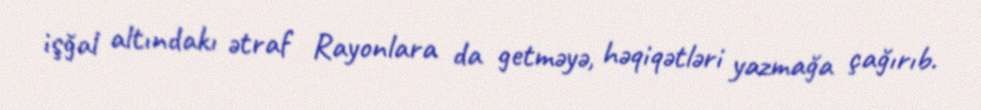
işğal altındakı ətraf Rayonlara da getməyə, həqiqətləri yazmağa çağırıb.